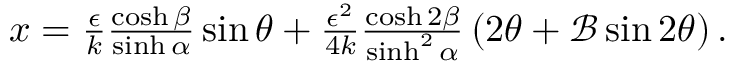
\begin{array} { r } { x = \frac { \epsilon } { k } \frac { \cosh \beta } { \sinh \alpha } \sin \theta + \frac { \epsilon ^ { 2 } } { 4 k } \frac { \cosh 2 \beta } { \sinh ^ { 2 } \alpha } \left( { 2 \theta } + { \mathcal { B } \sin 2 \theta } \right) . } \end{array}